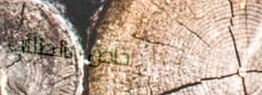
خاص بالطلاب